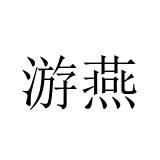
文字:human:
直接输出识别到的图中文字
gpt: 游燕